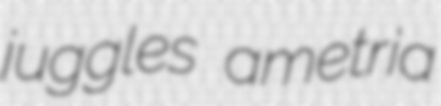
juggles ametria